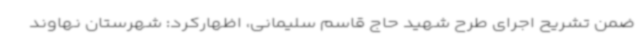
ضمن تشریح اجرای طرح شهید حاج قاسم سلیمانی، اظهارکرد: شهرستان نهاوند